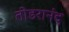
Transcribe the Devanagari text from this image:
तोडरानंद